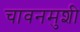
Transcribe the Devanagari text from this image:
चावनमुशी